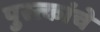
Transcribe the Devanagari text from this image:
पुस्त्कांचे